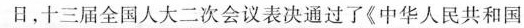
十三届全国人大二次会议表决通过了《中华人民共和国